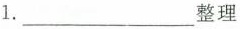
1.___整理